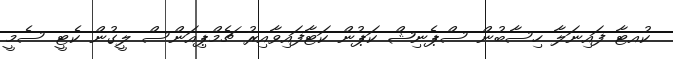
ކުއޓާ ފައިނަލާ ހިސާބުން ސްޕެނިޝް ކަޕުން ކަޓާފައިވާއިރު ޗެމްޕިއަންސް ލީގުން ކެޓީ ސެމީ